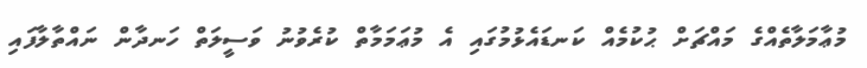
މުޢާމަލާތެއްގެ މައްޗަށް ޙުކުމެއް ކަނޑައެޅުމުގައި އެ މުޢަމަމާތް ކުރެވުނު ވަސީލަތް ހަނދާން ނައްތާލާފައި